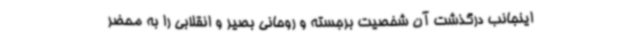
اینجانب درگذشت آن شخصیت برجسته و روحانی بصیر و انقلابی را به محضر